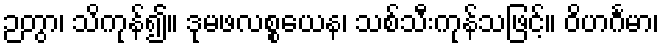
ဉတွာ၊ သိကုန်၍။ ဒုမဖလစ္စယေန၊ သစ်သီးကုန်သဖြင့်။ ဝိဟင်္ဂမာ၊